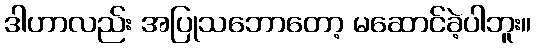
ဒါဟာလည်း အပြုသဘောတော့ မဆောင်ခဲ့ပါဘူး။